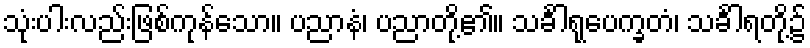
သုံးပါးလည်းဖြစ်ကုန်သော။ ပညာနံ၊ ပညာတို့၏။ သင်္ခါရုပေက္ခတံ၊ သင်္ခါရတို့၌